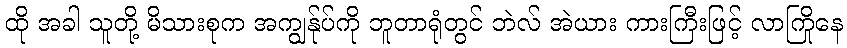
ထို အခါ သူတို့ မိသားစုက အကျွန်ုပ်ကို ဘူတာရုံတွင် ဘဲလ် အဲယား ကားကြီးဖြင့် လာကြိုနေ